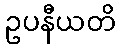
ဥပနီယတိ